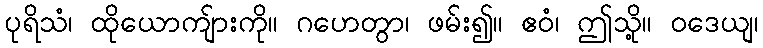
ပုရိသံ၊ ထိုယောကျ်ားကို။ ဂဟေတွာ၊ ဖမ်း၍။ ဧဝံ၊ ဤသို့။ ဝဒေယျ၊